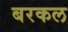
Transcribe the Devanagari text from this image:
बरकल